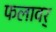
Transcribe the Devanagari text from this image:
फलावर्